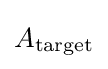
A_{\text{target}}